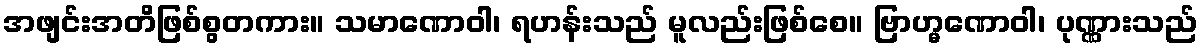
အဖျင်းအတိဖြစ်စွတကား။ သမာဏောဝါ၊ ရဟန်းသည် မူလည်းဖြစ်စေ။ ဗြာဟ္မဏောဝါ၊ ပုဏ္ဏားသည်